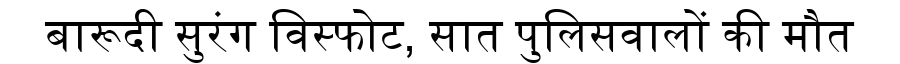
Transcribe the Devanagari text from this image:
बारूदी सुरंग विस्फोट, सात पुलिसवालों की मौत